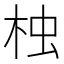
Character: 𣑺